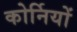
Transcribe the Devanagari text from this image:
कोर्नियों